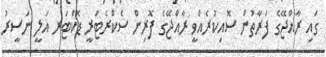
ގައި ރާއްޖޭގެ ފަރާތުން ސޮއިކުރެއްވީ ރާއްޖޭގެ ފޮރިން ސެކްރެޓަރީ ޑޮކްޓަރ އަލީ ނަސީރު